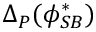
\Delta _ { P } ( \phi _ { S B } ^ { * } )